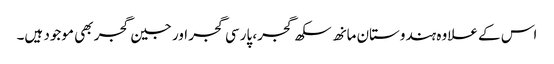
اس کے علاوہ ہندوستان مانھ سکھ گجر، پارسی گجر اور جین گجر بھی موجود ہیں۔